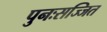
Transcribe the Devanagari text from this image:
पुनःसज्जित